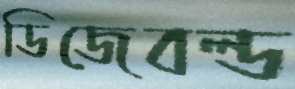
ডিজেবল্ড